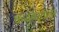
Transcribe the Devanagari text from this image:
कादंबर्‍यावर